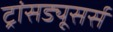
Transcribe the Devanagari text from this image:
ट्रांसड्यूसर्स